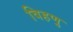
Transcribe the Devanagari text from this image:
विहणु